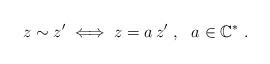
LaTeX: \begin{align*} z\sim z'\iff z = a\, z' \ , \ \ a\in \mathbb C^\ast \ .\end{align*}